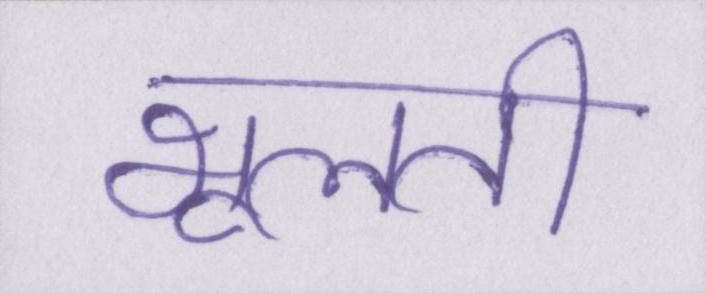
भूलती